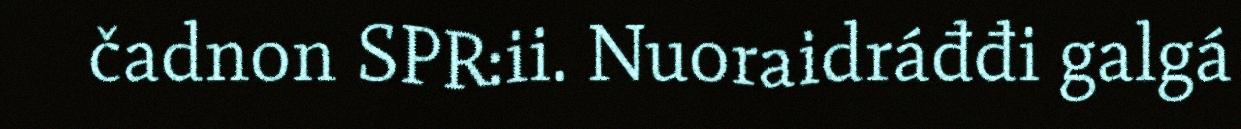
čadnon SPR:ii. Nuoraidráđđi galgá